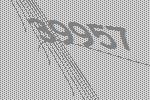
39957